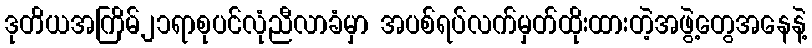
ဒုတိယအကြိမ်၂၁ရာစုပင်လုံညီလာခံမှာ အပစ်ရပ်လက်မှတ်ထိုးထားတဲ့အဖွဲ့တွေအနေနဲ့